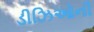
ડીઝિઓની